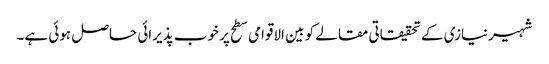
شہیرنیازی کے تحقیقاتی مقالے کو بین الاقوامی سطح پر خوب پذیرائی حاصل ہوئی ہے۔